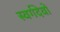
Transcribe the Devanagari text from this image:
स्वर्गदेवों